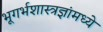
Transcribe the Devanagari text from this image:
भूगर्भशास्त्रज्ञांमध्ये